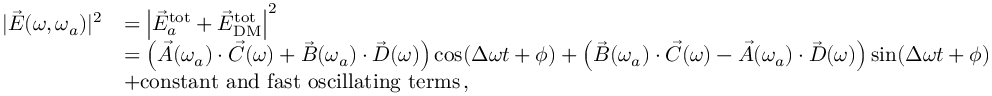
\begin{array} { r l } { | \vec { E } ( \omega , \omega _ { a } ) | ^ { 2 } } & { = \left| \vec { E } _ { a } ^ { \mathrm { t o t } } + \vec { E } _ { \mathrm { D M } } ^ { \mathrm { t o t } } \right| ^ { 2 } \, } \\ & { = \left( \vec { A } ( \omega _ { a } ) \cdot \vec { C } ( \omega ) + \vec { B } ( \omega _ { a } ) \cdot \vec { D } ( \omega ) \right) \cos ( \Delta \omega t + \phi ) + \left( \vec { B } ( \omega _ { a } ) \cdot \vec { C } ( \omega ) - \vec { A } ( \omega _ { a } ) \cdot \vec { D } ( \omega ) \right) \sin ( \Delta \omega t + \phi ) } \\ & { + \mathrm { c o n s t a n t \ a n d \ f a s t \ o s c i l l a t i n g \ t e r m s } \, , } \end{array}